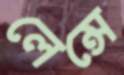
লেন্সে